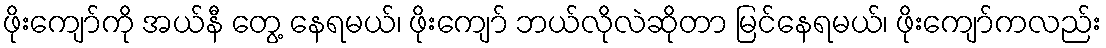
ဖိုးကျော်ကို အယ်နီ တွေ့ နေရမယ်၊ ဖိုးကျော် ဘယ်လိုလဲဆိုတာ မြင်နေရမယ်၊ ဖိုးကျော်ကလည်း